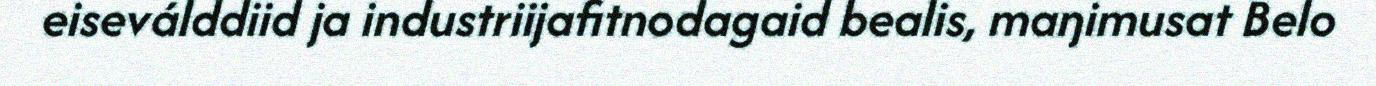
eiseválddiid ja industriijafitnodagaid bealis, maŋimusat Belo